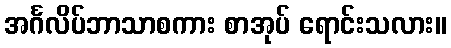
အင်္ဂလိပ်ဘာသာစကား စာအုပ် ရောင်းသလား။